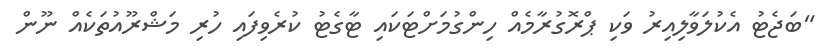
"ބަޖެޓު އެކުލަވާލިއިރު ވަކި ޕްރޮގުރާމެއް ހިންގުމަށްޓަކައި ޓާގެޓު ކުރެވިފައި ހުރި މަޝްރޫއުތަކެއް ނޫން